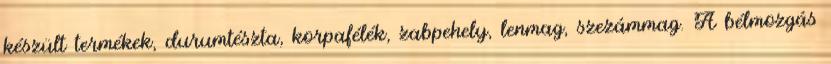
készült termékek, durumtészta, korpafélék, zabpehely, lenmag, szezámmag. A bélmozgás